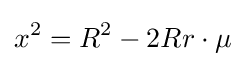
\displaystyle x^{2}=R^{2}-2Rr\cdot \mu